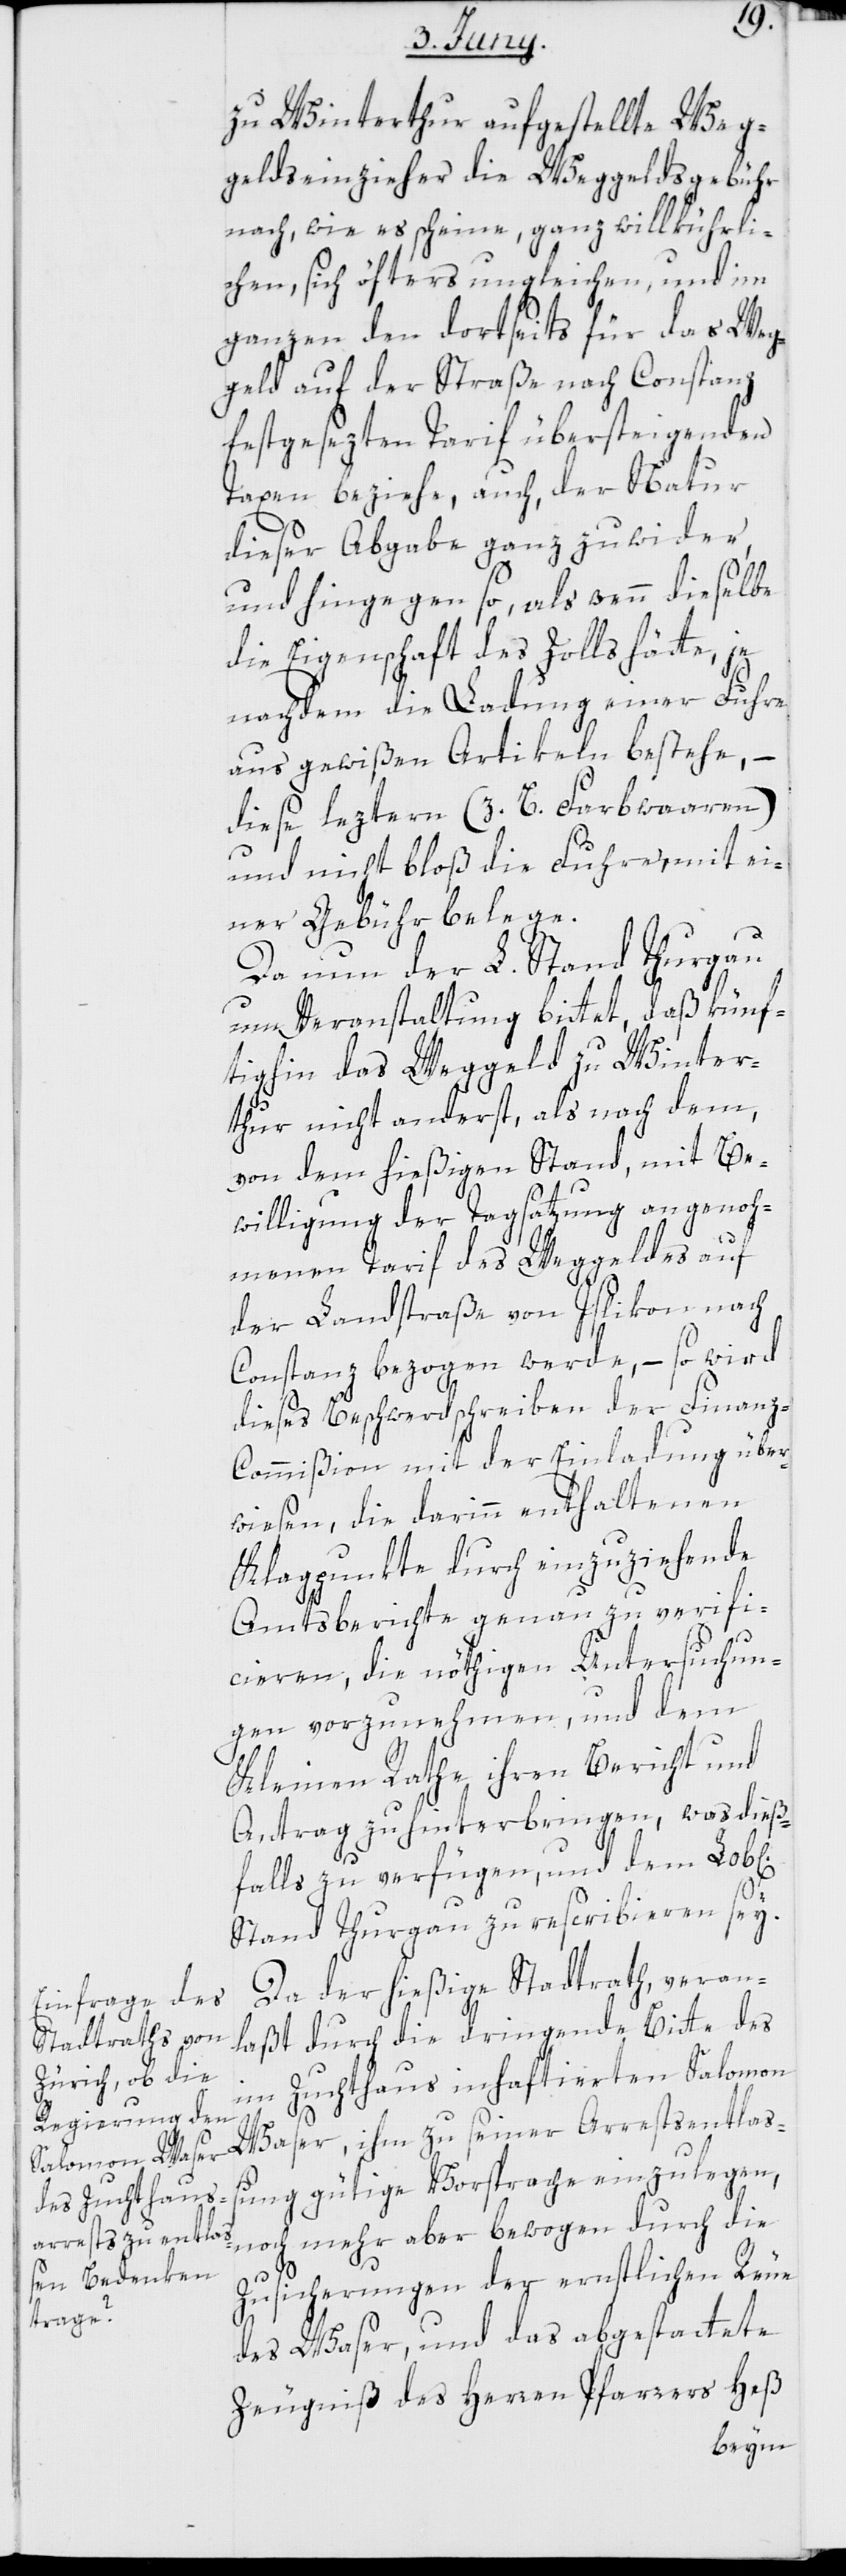
zu Winterthur aufgestellte Weg¬
geldseinzieher die Weggeldsgebühr
nach, wie es scheine, ganz willkührli¬
chen, sich öfters ungleichen, und im
ganzen den dortseits für das Weg¬
geld auf der Straße nach Constanz
festgesezten Tarif übersteigenden
Taxen beziehe, auch, der Natur
dieser Abgabe ganz zuwider,
und hingegen so, als wenn dieselbe
die Eigenschaft des Zolls hätte, je
nachdem die Ladung einer Fuhre
aus gewißen Artikeln bestehe, –
diese leztern (z. B. Farbwaaren)
und nicht bloß die Fuhre, mit ei¬
ner Gebühr belege.
Da nun der L. Stand Thurgau
um Veranstaltung bittet, daß künf¬
tighin das Weggeld zu Winter¬
thur nicht anderst, als nach dem,
von dem hießigen Stand, mit Be¬
willigung der Tagsatzung angenoh¬
chen].
menen Tarif des Weggeldes auf
der Landstraße von Islikon nach
Constanz bezogen werde, – so wird
dieses Beschwerdschreiben der Finanz-C¬
ommißion mit der Einladung über¬
wiesen, die darinn enthaltenen
Klagpunkte durch einzuziehende
Amtsberichte genau zu verifi¬
cieren, die nöthigen Untersuchun¬
gen vorzunehmen, und dem
Kleinen Rathe ihren Bericht und
Antrag zu hinterbringen, was dieß¬
falls zu verfügen, und dem Lob[li¬
Stand Thurgau zu rescribieren sey.
Da der hießige Stadtrath, veran¬
laßt durch die dringende Bitte des
im Zuchthaus inhaftierten Salomon
Waser, ihm zu seiner Arrestsentlaß¬
ung gütige Vorsprache einzulegen,
noch mehr aber bewogen durch die
Zusicherungen der ernstlichen Reue
des Waser, und das abgestattete
Zeugniß des Herren Pfarrers Heß